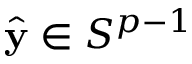
{ \hat { \mathbf { y } } } \in S ^ { p - 1 }